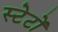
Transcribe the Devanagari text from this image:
स्टेटों